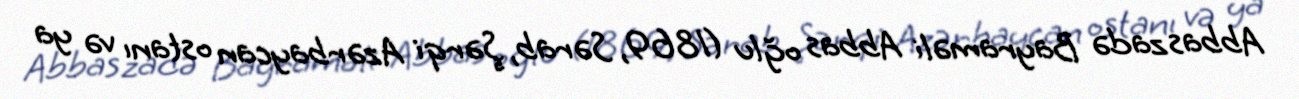
Abbaszadə Bayraməli Abbas oğlu (1869, Sərab, Şərqi Azərbaycan ostanı və ya